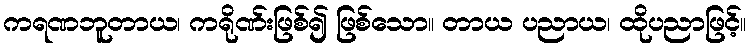
ကရဏဘူတာယ၊ ကရိုဏ်းဖြစ်၍ ဖြစ်သော။ တာယ ပညာယ၊ ထိုပညာဖြင့်။